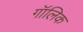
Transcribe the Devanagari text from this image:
गॉलिक